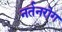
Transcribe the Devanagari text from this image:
नर्तनरोग